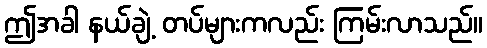
ဤအခါ နယ်ချဲ့ တပ်များကလည်း ကြမ်းလာသည်။